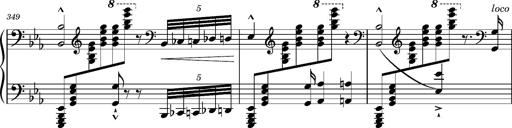
Title: Magyar rapszÃ³diÃ¡k
Composer: Franz Liszt